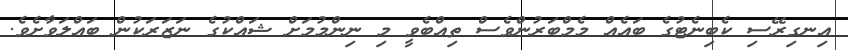
އިނގިރޭސި ކެބިނެޓުގެ ބައެއް މެމްބަރުންވެސް ތިއްބެވީ މި ނިންމުމަށް ޝައްކުގެ ނަޒަރަކުން ބައްލަވާށެވެ.